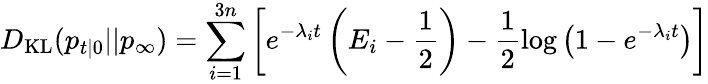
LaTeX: D_{\mathrm{KL}}(p_{t\mid 0}||p_{\infty})=\sum_{i=1}^{3n}\left[e^{-\lambda_{i}t}\left(E_{i}-\frac{1}{2}\right)-\frac{1}{2}\log\left(1-e^{-\lambda_{i}t}\right)\right]